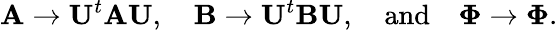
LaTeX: \mathbf{A}\to\mathbf{U}^{t}\mathbf{A}\mathbf{U},\quad\mathbf{B}\to\mathbf{U}^{t}\mathbf{B}\mathbf{U},\quad\textrm{and}\quad\mathbf{\Phi}\to\mathbf{\Phi}.